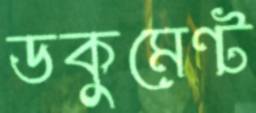
ডকুমেন্ট